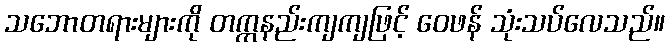
သဘောတရားများကို တက္ကနည်းကျကျဖြင့် ဝေဖန် သုံးသပ်လေသည်။